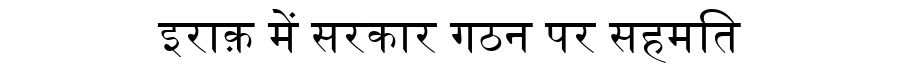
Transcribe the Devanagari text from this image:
इराक़ में सरकार गठन पर सहमति